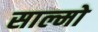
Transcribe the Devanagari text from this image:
साल्मो